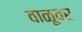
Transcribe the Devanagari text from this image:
वाळूवर